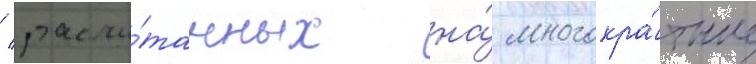
/ рассчи́танных на́ многокра́тные